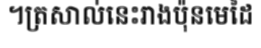
។ត្រសាល់នេះរាងប៉ុនមេដៃ